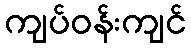
ကျပ်ဝန်းကျင်